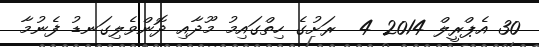
30 އެޕްރީލް 2014 4  ރަށުގެ ހިތްގައިމު މޫދާއި ދޮންވެލިގަނޑު ފެނުމާ